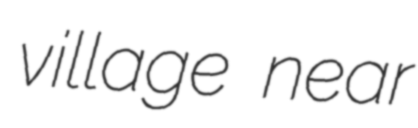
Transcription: village near